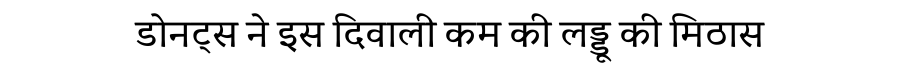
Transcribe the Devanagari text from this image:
डोनट्स ने इस दिवाली कम की लड्डू की मिठास